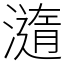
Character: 㵦